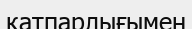
қатпарлығымен